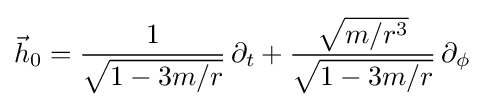
{\vec {h}}_{0}={\frac {1}{\sqrt {1-3m/r}}}\,\partial _{t}+{\frac {\sqrt {m/r^{3}}}{\sqrt {1-3m/r}}}\,\partial _{\phi }